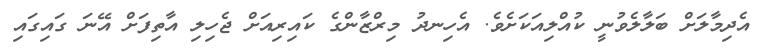
އެދިމާލަށް ބަލާލެވުނީ ކުއްލިއަކަށެވެ. އެހިނދު މިރްޒާންގެ ކައިރިއަށް ޖެހިލި އާތިފަށް އޭނަ ގައިގައި